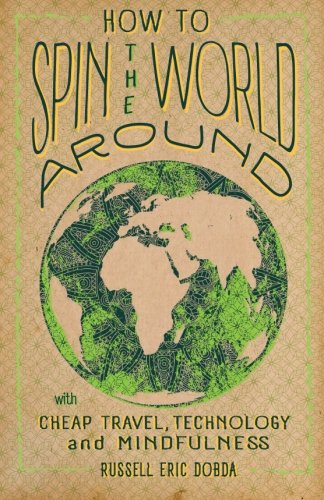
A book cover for How To Spin the World Around: With Cheap Travel, Technology and Mindfulness; Russell Eric Dobda; Travel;